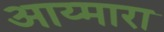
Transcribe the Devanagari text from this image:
आय्मारा